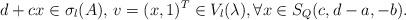
LaTeX: \begin{align*}d+cx\in \sigma_l(A),\,v=(x,1)^T\in V_l(\lambda),\forall x\in S_Q(c,d-a,-b).\end{align*}